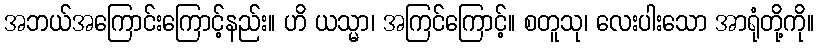
အဘယ်အကြောင်းကြောင့်နည်း။ ဟိ ယသ္မာ၊ အကြင်ကြောင့်။ စတူသု၊ လေးပါးသော အာရုံတို့ကို။